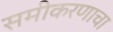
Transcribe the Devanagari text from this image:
समीकरणाचा